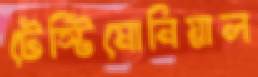
টেস্টিমোনিয়াল